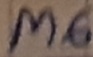
Text: M6